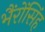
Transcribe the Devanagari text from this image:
भैंरोंसिंह